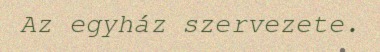
Az egyház szervezete.